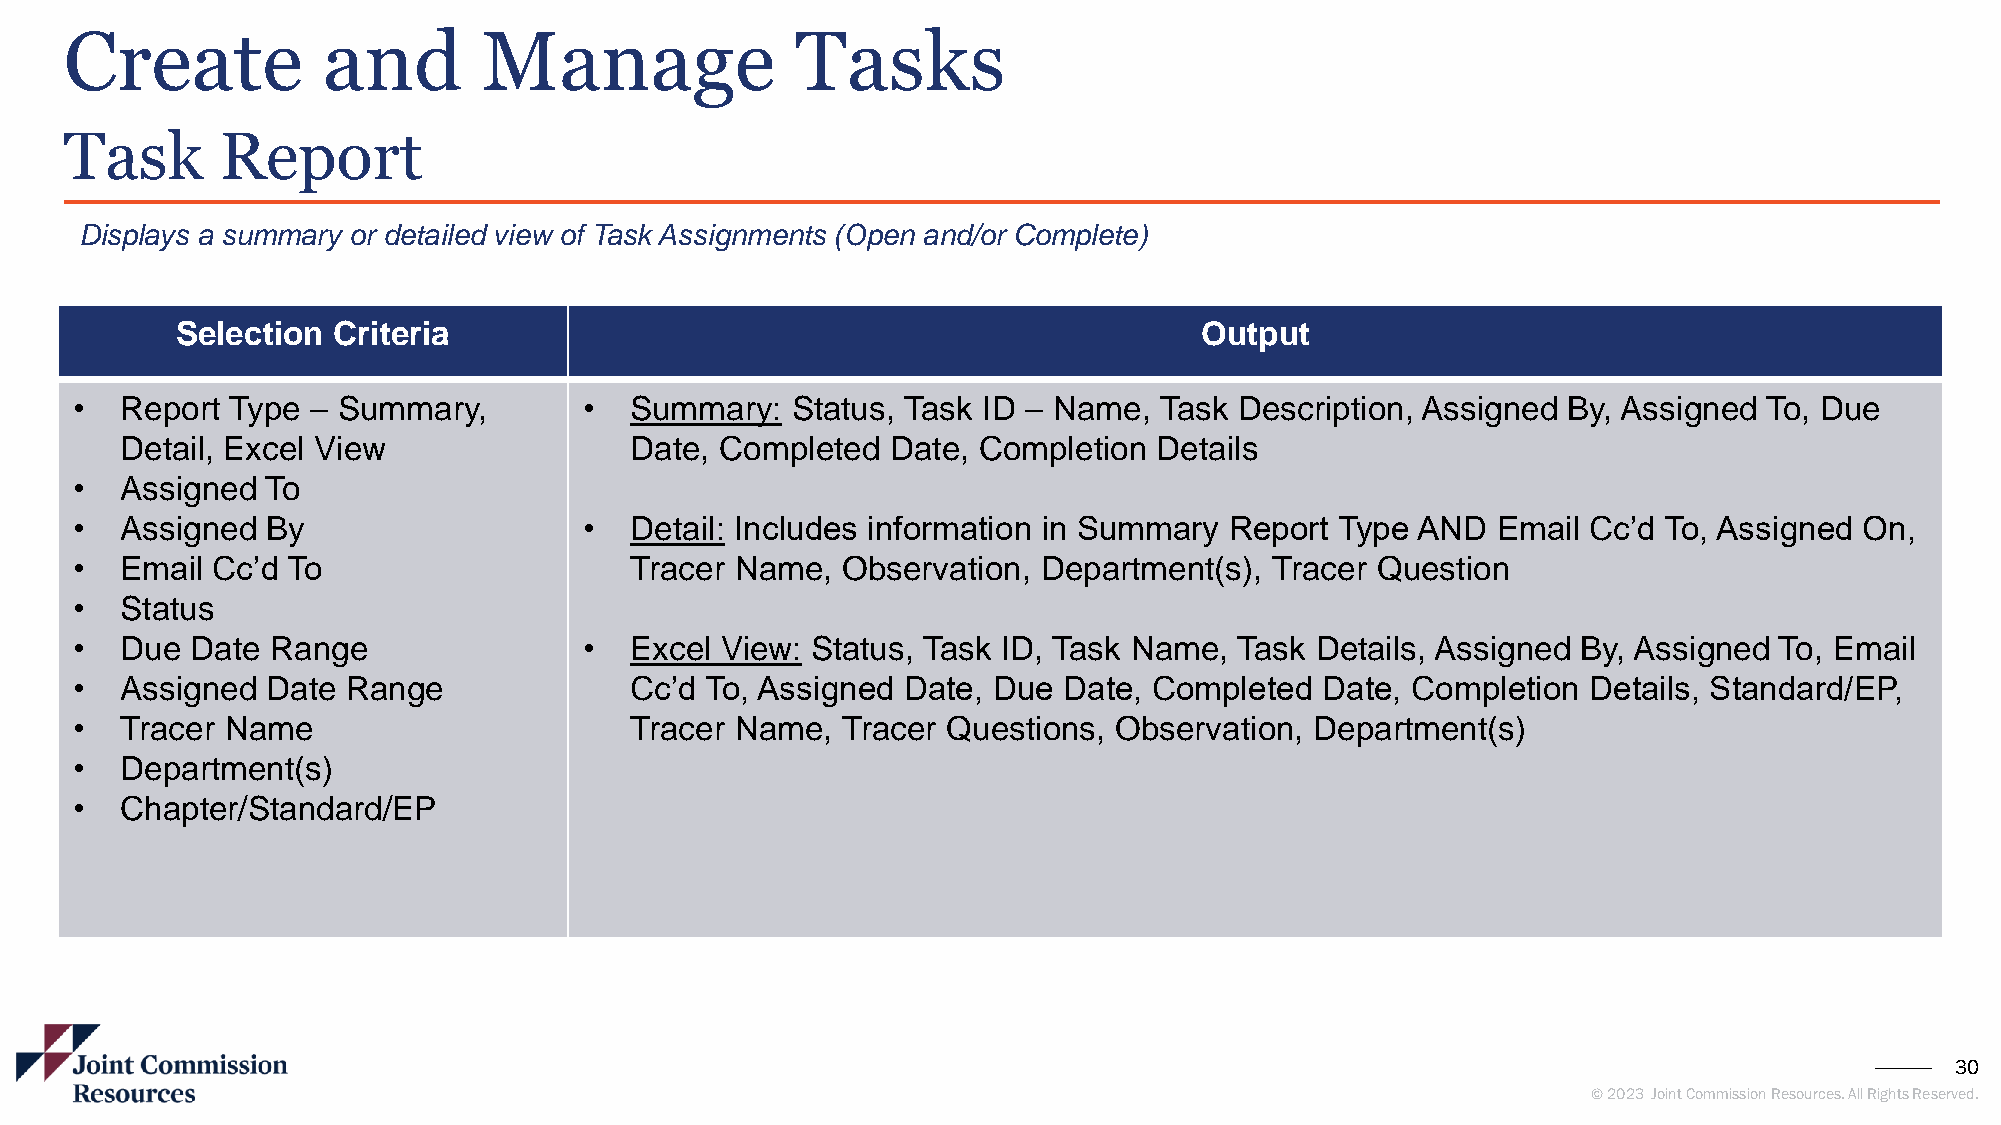
Create           and        Manage               Tasks
 Task       Report
 Displays a summary or detailed view of Task Assignments (Open and/or Complete)
 Selection Criteria                                                  Output
 •  Report Type  – Summary,        •  Summary:  Status, Task ID – Name,  Task Description, Assigned By, Assigned To, Due
 Detail, Excel View                Date, Completed  Date, Completion  Details
 •  Assigned  To
 •  Assigned  By                   •  Detail: Includes information in Summary Report Type AND  Email Cc’d To, Assigned On,
 •  Email Cc’d To                     Tracer Name,  Observation, Department(s), Tracer Question
 •  Status
 •  Due  Date Range                •  Excel View: Status, Task ID, Task Name, Task Details, Assigned By, Assigned To, Email
 •  Assigned  Date Range              Cc’d To, Assigned Date, Due Date, Completed   Date, Completion Details, Standard/EP,
 •  Tracer Name                       Tracer Name,  Tracer Questions, Observation, Department(s)
 •  Department(s)
 •  Chapter/Standard/EP
 30
 © 2023 Joint Commission Resources. All Rights Reserved.